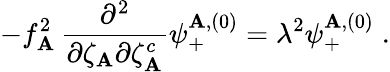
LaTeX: -f_{\mathbf{A}}^{2}\, {\frac{{\partial^{2}}}{{\partial\zeta_{\mathbf{A}}\partial\zeta_{\mathbf{A}}^{c}}}}\psi_{+}^{\mathbf{A},(0)}=\lambda^{2}\psi_{+}^{\mathbf{A},(0)}\; .